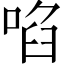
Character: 啗